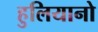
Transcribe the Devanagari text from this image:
हुलियानो